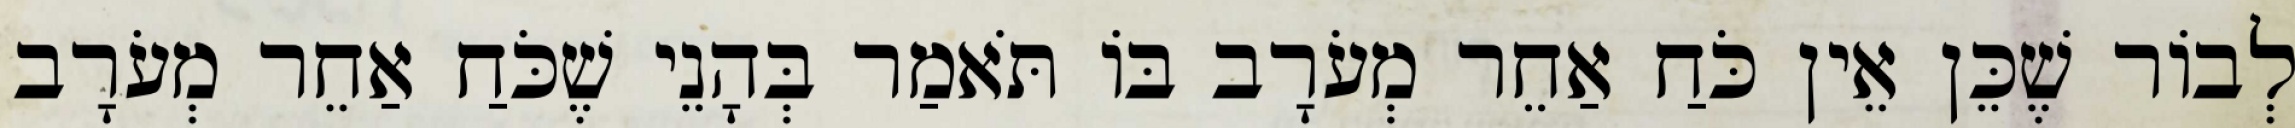
לְבוֹר שֶׁכֵּן אֵין כֹּחַ אַחֵר מְעֹרָב בּוֹ תֹּאמַר בְּהָנֵי שֶׁכֹּחַ אַחֵר מְעֹרָב